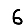
Digit: 6